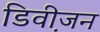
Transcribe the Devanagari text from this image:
डिवी़जन